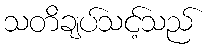
သတိချပ်သင့်သည်